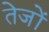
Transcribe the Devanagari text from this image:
तेजों